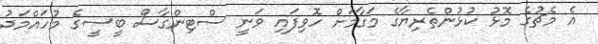
އެ މެޗުގެ މޮޅު ކުޅުންތެރިޔާގެ މަގާމަށް ހޮވިފައި ވަނީ ސްޓިންގާސް ބީސީގެ މުހައްމަދު